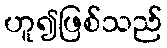
ဟူ၍ဖြစ်သည်